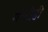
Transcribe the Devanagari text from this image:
गॅरंटीही